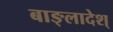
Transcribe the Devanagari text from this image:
बाङ्लादेश्